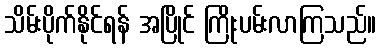
သိမ်းပိုက်နိုင်ရန် အပြိုင် ကြိုးပမ်းလာကြသည်။